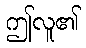
ဤလူ၏